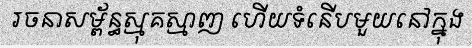
រចនាសម្ព័ន្ធស្មុគស្មាញ ហើយទំនើបមួយនៅក្នុង